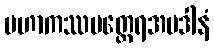
မဟာကဿပတ္ထေရအပဒါနံ